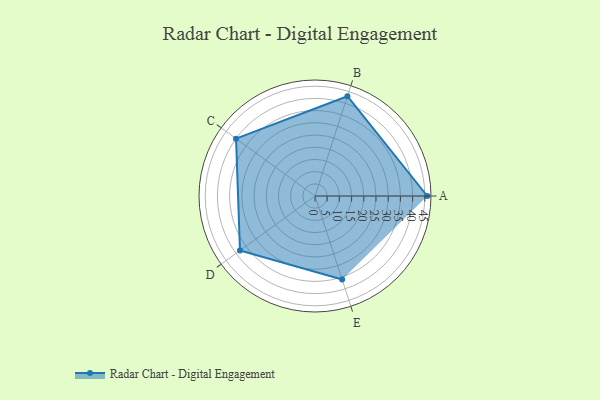
{"axis": {"x": "Skill", "y": "Score"}, "legend": ["Profile"], "data": [{"x": "A", "y": 46.0, "type": "Profile"}, {"x": "B", "y": 43.0, "type": "Profile"}, {"x": "C", "y": 40.0, "type": "Profile"}, {"x": "D", "y": 38.0, "type": "Profile"}, {"x": "E", "y": 36.0, "type": "Profile"}]}